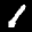
Label: 1